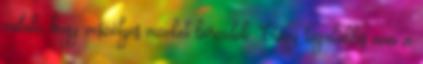
valaki, hogy veszélyes vizeket borzolok. Vagy legalábbis nem a